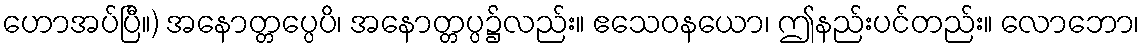
ဟောအပ်ပြီ။) အနောတ္တပ္ပေပိ၊ အနောတ္တပ္ပ၌လည်း။ ဧသေဝနယော၊ ဤနည်းပင်တည်း။ လောဘော၊